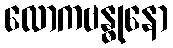
လောကဗန္ဓုနော